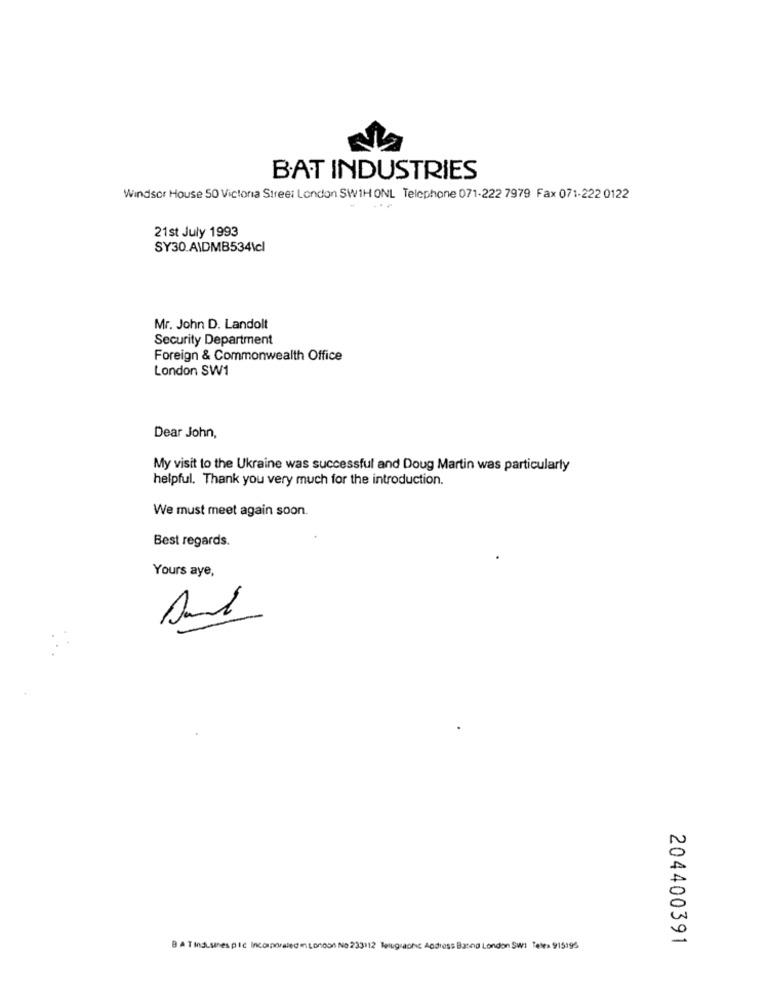
BAT INDUSTRIES
Windsor House 50 Victoria Street London SW1H ONL Telephone 071-222 7979 Fax 071-222 0122
21st July 1993
SY30.AIDMB534\cl
Mr. John D. Landolt
Security Department
Foreign & Commonwealth Office
London SW1
Dear John,
My visit to the Ukraine was successful and Doug Martin was particularly
helpful. Thank you very much for the introduction.
We must meet again soon.
Best regards.
Yours aye,
204400391
B A T Ind.sines pic Incorporated in London No 23312 Religionc Address Basing London SwI Tales 915195